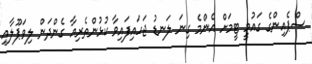
ސްޕެއިންގެ ގައުމީ ޓީމަށް އެންމެ ގިނަ ލަނޑު ޖަހައިފައިވާ ކުޅުންތެރިއާ ގެންދަން ލިވަޕޫލާއި